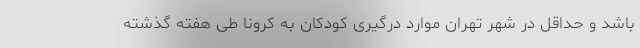
باشد و حداقل در شهر تهران موارد درگیری کودکان به کرونا طی هفته گذشته